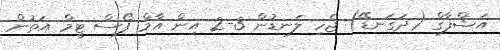
އަޝްފާގް (ދަގަނޑޭ) ޖެހި ލަނޑުން 3-2 އިން އާމް ފޯސް ޓީމް އަތުން